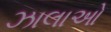
ઝાલાઓ